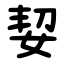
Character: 㛃